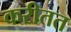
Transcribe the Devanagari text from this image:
करीतत